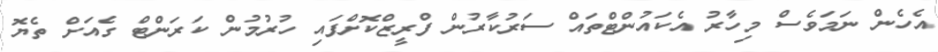
އެހެން ނަމަވެސް މިހާރު އެކައުންޓްތައް ސަރުކާރުން ފްރީޒްކޮށްފައި ހުރުމުން ކަރަންޓް ގެއަށް ތެޔޮ